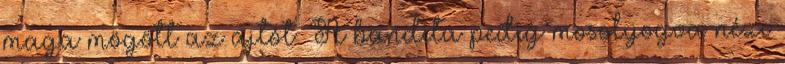
maga mögött az ajtót. A bandita pedig mosolyogva nézi